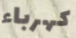
كهرباء